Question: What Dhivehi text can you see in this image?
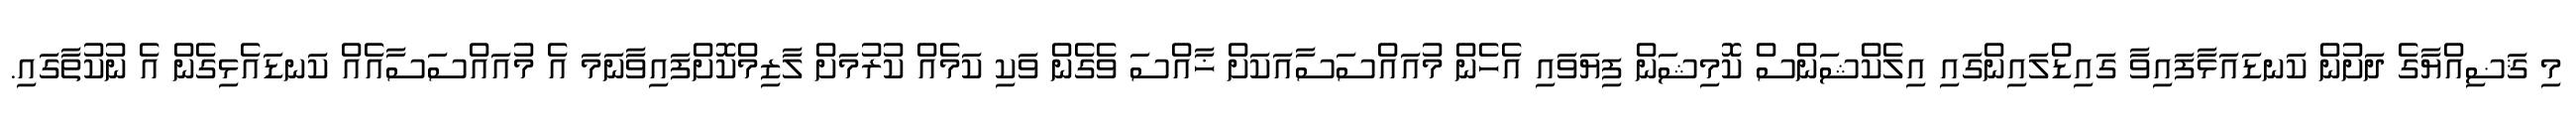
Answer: މި ޤަޟިއްޔާގެ ދަށުން ކަނޑައަޅާފައިވާ ގައިޑްލައިންގައި އިލެކްޝަންސް ކޮމިޝަން ފިޔަވައި އެހެން މުއައްސަސާއަކަށް ޚާއްސަ ވެގެން ވަކި ކަމެއް ކުރުމަށް ލާޒިމްކޮށްފައިވާނަމަ އެ މުއައްސަސާއެއް ކަނޑައެޅިގެން އެ ނުކުތާގައި.